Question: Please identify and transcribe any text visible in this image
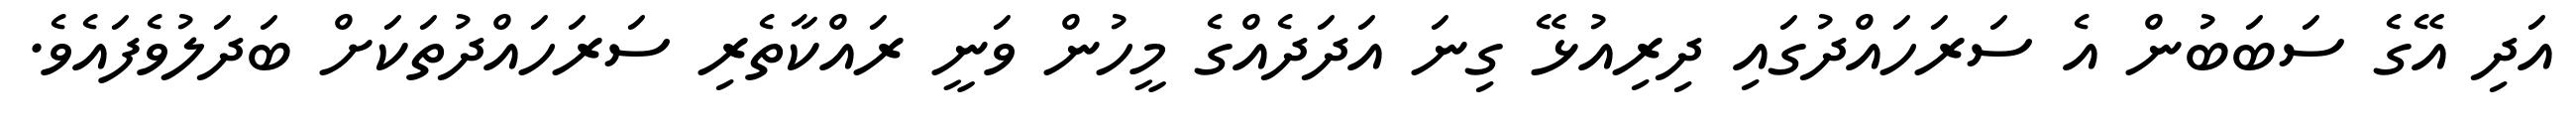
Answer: އަދި އޭގެ ސަބަބުން އެ ސަރަހައްދުގައި ދިރިއުޅޭ ގިނަ އަދަދެއްގެ މީހުން ވަނީ ރައްކާތެރި ސަރަހައްދުތަކަށް ބަދަލުވެފައެވެ.